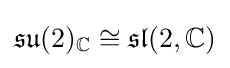
{\mathfrak {su}}(2)_{\mathbb {C} }\cong {\mathfrak {sl}}(2,\mathbb {C} )